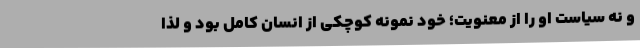
و نه سیاست او را از معنویت؛ خود نمونه کوچکی از انسان کامل بود و لذا